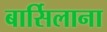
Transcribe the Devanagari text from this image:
बार्सिलाना